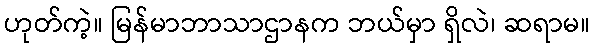
ဟုတ်ကဲ့။ မြန်မာဘာသာဌာနက ဘယ်မှာ ရှိလဲ၊ ဆရာမ။